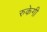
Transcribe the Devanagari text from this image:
रुकेगी